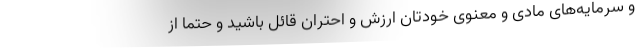
و سرمایه‌های مادی و معنوی خودتان ارزش و احتران قائل باشید و حتما از